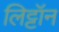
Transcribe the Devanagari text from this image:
लिट्टॉन